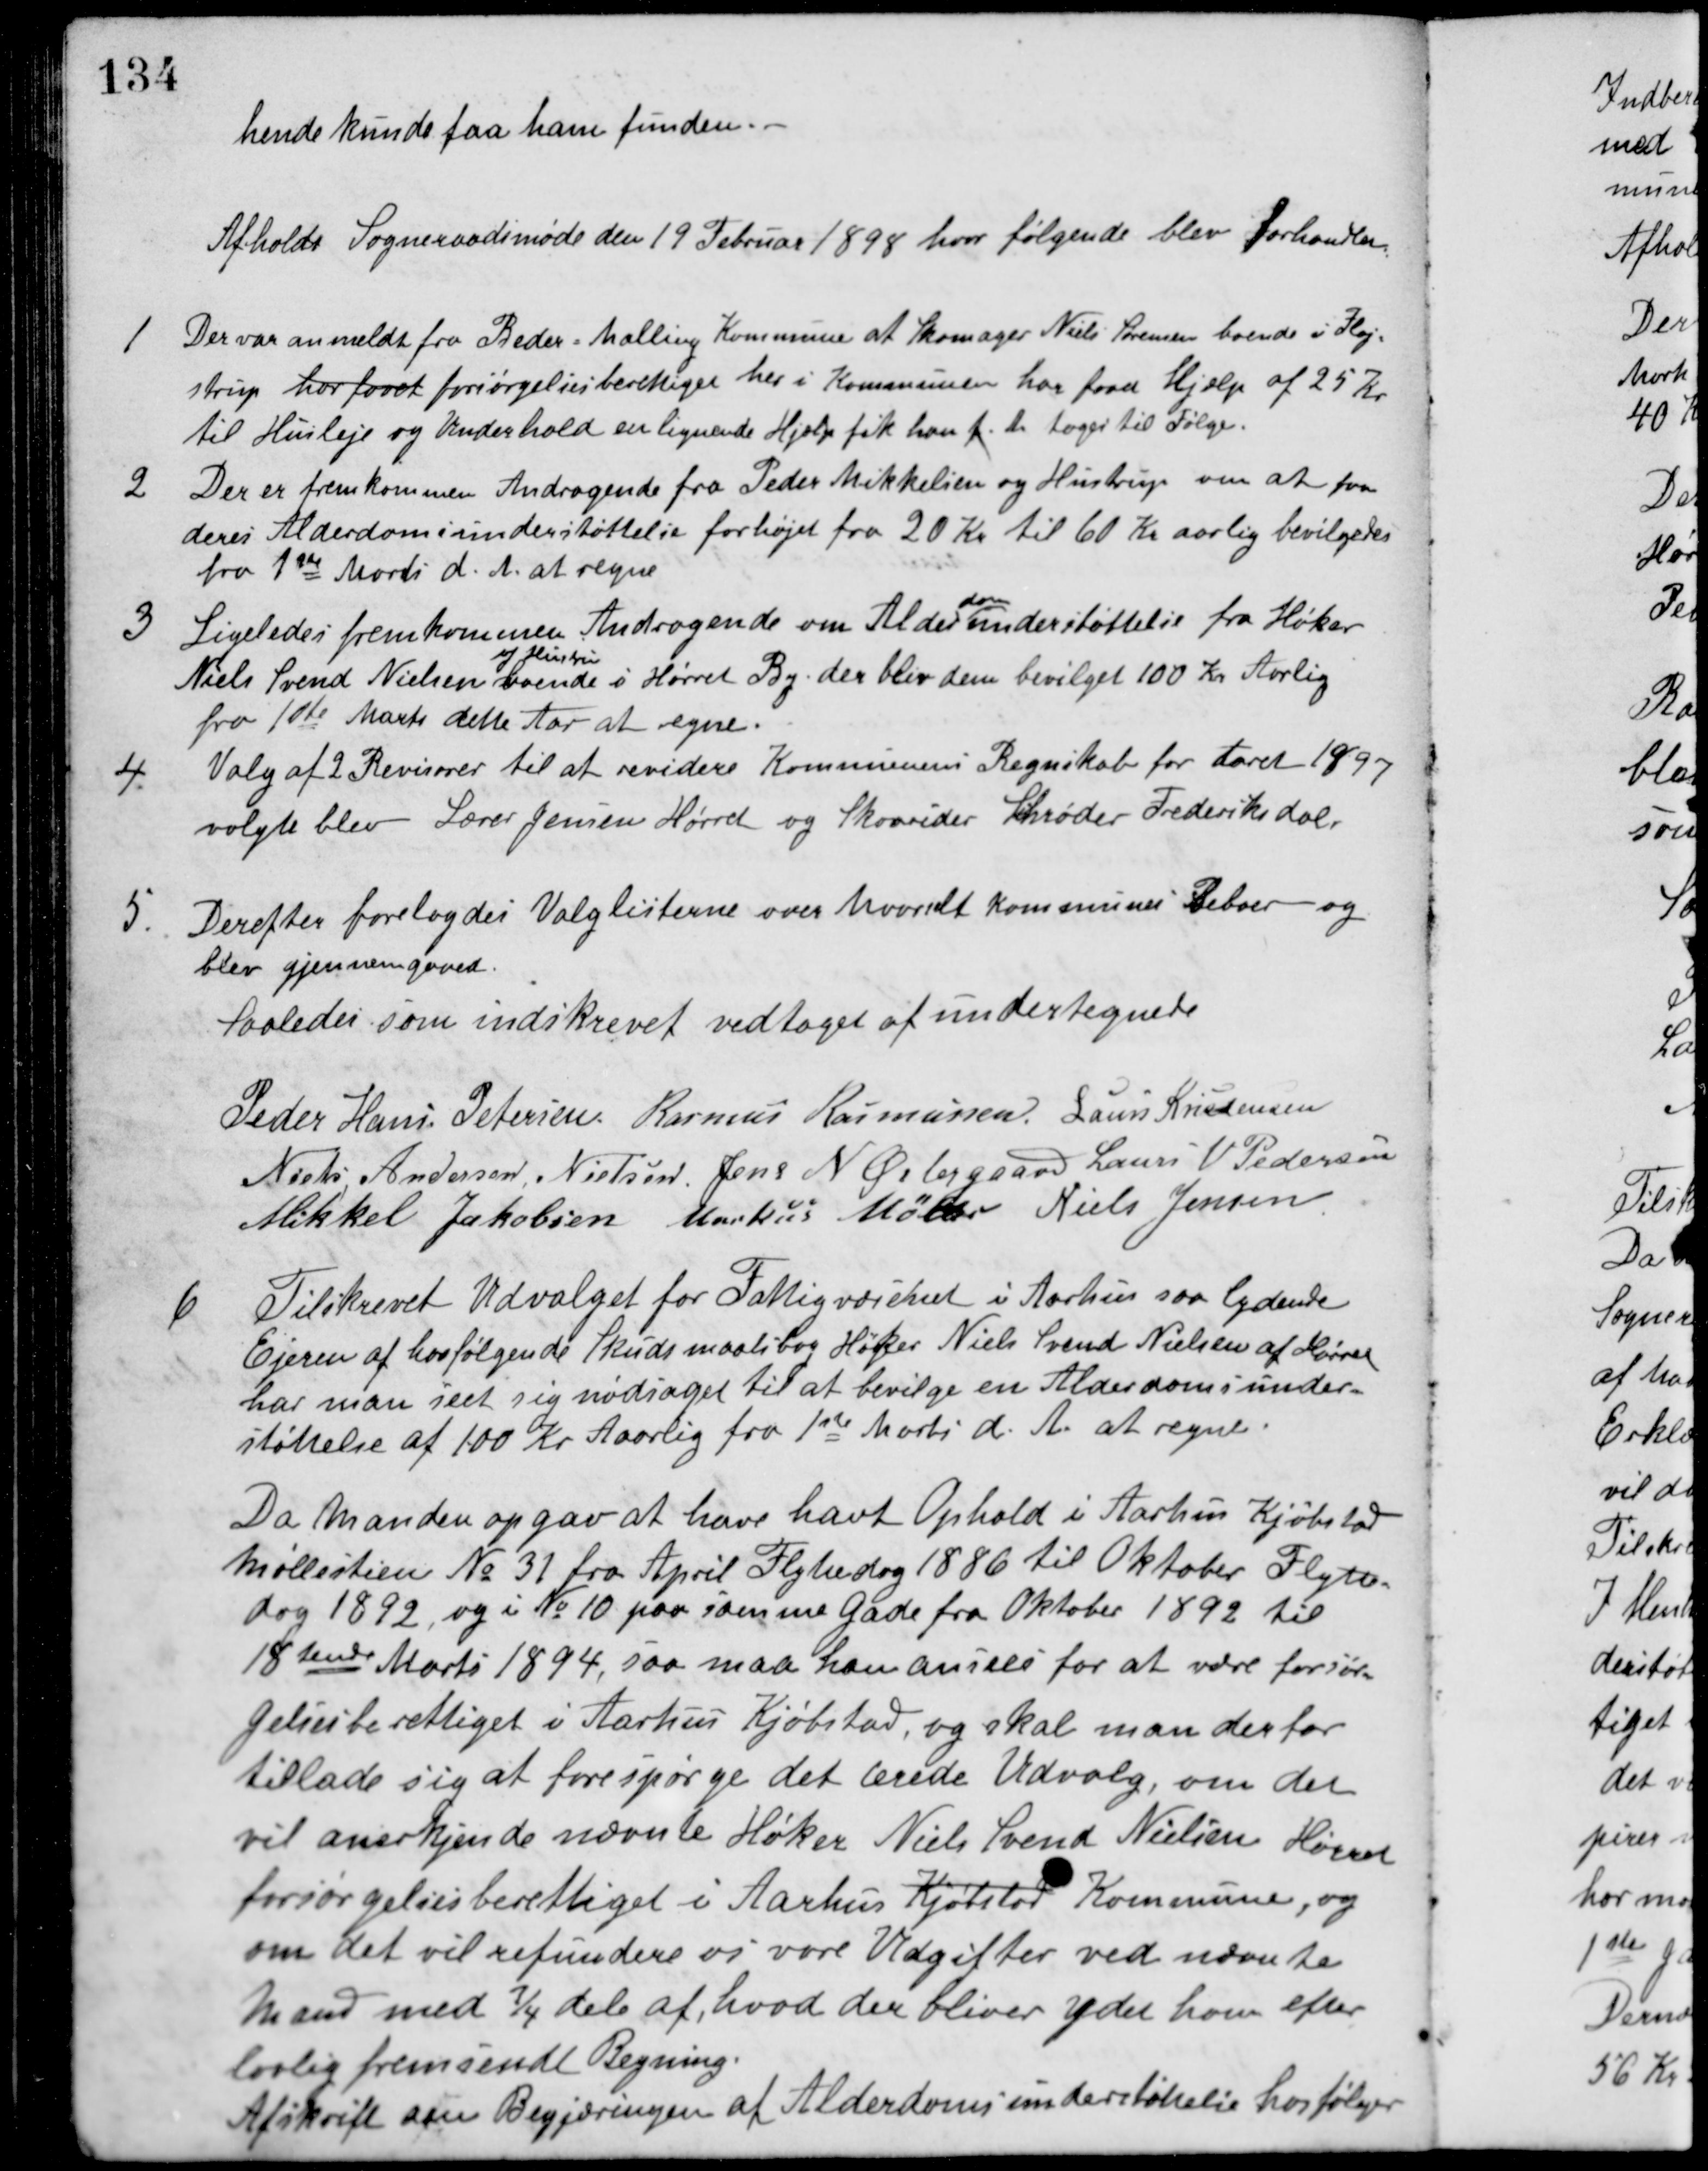
Transskription:
hende kunde faa ham funden.
Afholdt Sogneraadsmøde den 19 Februar 1898 hvor følgende blev forhandlet.
1. Der var anmeldt fra Beder-Malling Kommune at Skomager Niels Sørensen boende i Høj-
strup har faaet forsørgelsesberettiget her i Kommunen har faaet Hjælp af 25 Kr.
til Husleje og Underhold en lignende Hjælp fik han f. Aar toges til Følge.
2. Der er fremkommen Andragende fra Peder Mikkelsen og Hustru om at faa
deres Alderdomsunderstøttelse forhøjet fra 20 Kr til 60 Kr aarlig bevilgedes
fra 1ste Marts d. A. at regne.
3. Ligeledes fremkommen Andragende om Alder
doms
understøttelse fra Høker
Niels Svend Nielsen
og Hustru
boende i Hørret By, der blev dem bevilget 100 Kr Aarlig
fra 1ste Marts dette Aar at regne.
4. Valg af 2 Revisorer til at revidere Kommunens Regnskab for Aaret 1897
valgte blev Lærer Jensen Hørret og Skovrider Schrøder Frederiksdal,
5. Derefter forelagdes Valglisterne over hvorvidt Kommunes Beboer og
blev gjennemgaaet.
Saaledes som indskrevet vedtaget af undertegnede
Peder Hans Petersen Rasmus Rasmussen Laurs Kristensen
Niels Andersen Nielsen Jens N. Østergaard Laurs V. Pedersen
Mikkel Jakobsen Markus Møller Niels Jensen
6. Tilskrevet Udvalget for Fattigvæsenet i Aarhus saa lydende
Ejeren af hosfølgende Skudsmaalsbog Høker Niels Svend Nielsen af Hørret
har man seet sig nødsaget til at bevilge en Alderdomsunder-
støttelse af 100 Kr Aarlig fra 1ste Marts d. A. at regne.
Da Manden opgav at have havt Ophold i Aarhus Kjøbstad
Møllestien No 31 fra April Flyttedag 1886 til Oktober Flytte-
dag 1892, og i No 10 paa samme Gade fra Oktober 1892 til
18tende Marts 1894, saa maa han ansees for at være forsør-
gelsesberettiget i Aarhus Kjøbstad, og skal man derfor
tillade sig at forespørge det ærede Udvalg, om det
vil anerkjende nævnte Høker Niels Svend Nielsen Hørret
forsørgelsesberettiget i Aarhus Kjøbstad Kommune, og
om det vil refundere os vore Udgifter ved nævnte
Mand med 3/4 dele af, hvad der bliver ydet ham efter
lovlig fremsendt Regning.
Afskrift om Begjæringen af Alderdomsunderstøttelse hosfølger